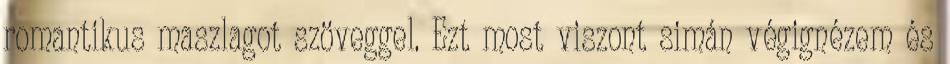
romantikus maszlagot szöveggel. Ezt most viszont simán végignézem és